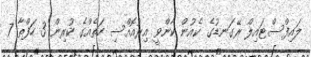
ލައިފްސްޓައިލް ރޭގަނޑުގެ ކެއުން ކާންވީ އިރުއޮއްސި ހަތެއްގެ ކުރިން 3 ހަފްތާ 7